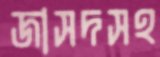
জাসদসহ